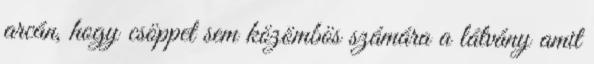
arcán, hogy csöppet sem közömbös számára a látvány amit